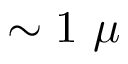
\sim 1 ~ \mu